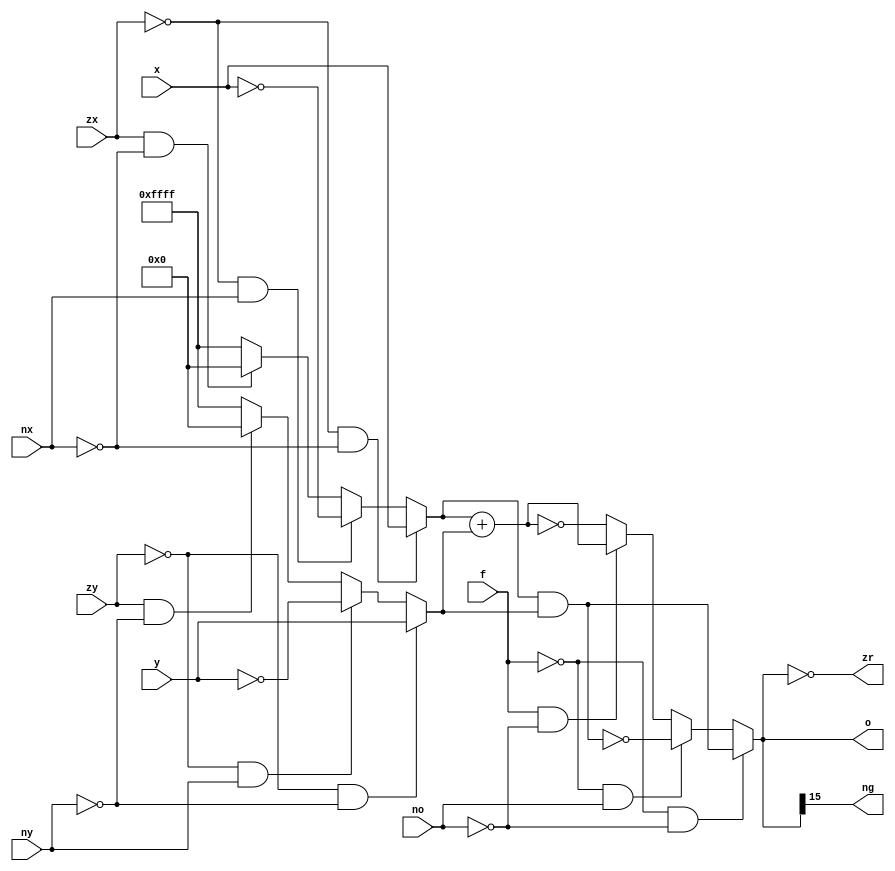
`timescale 1ns / 1ps
//////////////////////////////////////////////////////////////////////////////////
// Company: 
// Engineer: 
// 
// Design Name: 
// Module Name: CalC
// Project Name: 
// Target Devices: 
// Tool Versions: 
// Description: 
// 
// Dependencies: 
// 
// Revision:
// Revision 0.01 - File Created
// Additional Comments:
// 
//////////////////////////////////////////////////////////////////////////////////


module CalC(o,zr,ng,x,y,zx,nx,zy,ny,f,no);
    input [15:0] x,y;
    input zx,nx,zy,ny,f,no;
    output [15:0] o;
    output zr,ng;

    wire [15:0] X,Y;

    // Assigning the values of X and Y
    assign X = ((~zx)&(~nx))?x:((~zx)&nx)?(~x):(zx&(~nx))?16'b0:(~16'b0);
    assign Y = ((~zy)&(~ny))?y:((~zy)&ny)?(~y):(zy&(~ny))?16'b0:(~16'b0);

    // Assigning the final output
    assign o = ((~f)&(~no))?(X&Y):((~f)&no)?(~(X&Y)):(f&(~no))?(X+Y):(~(X+Y));

    // Output control bit for zr
    assign zr = (o==0);

    // Output control bit for ng
    assign ng = o[15];
endmodule